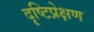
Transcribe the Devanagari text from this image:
दृष्टिप्रेक्षण